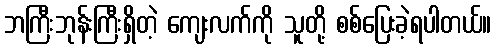
ဘကြီးဘုန်းကြီးရှိတဲ့ ကျေးလက်ကို သူတို့ စစ်ပြေးခဲ့ရပါတယ်။